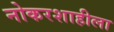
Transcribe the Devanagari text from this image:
नोकरशाहीला